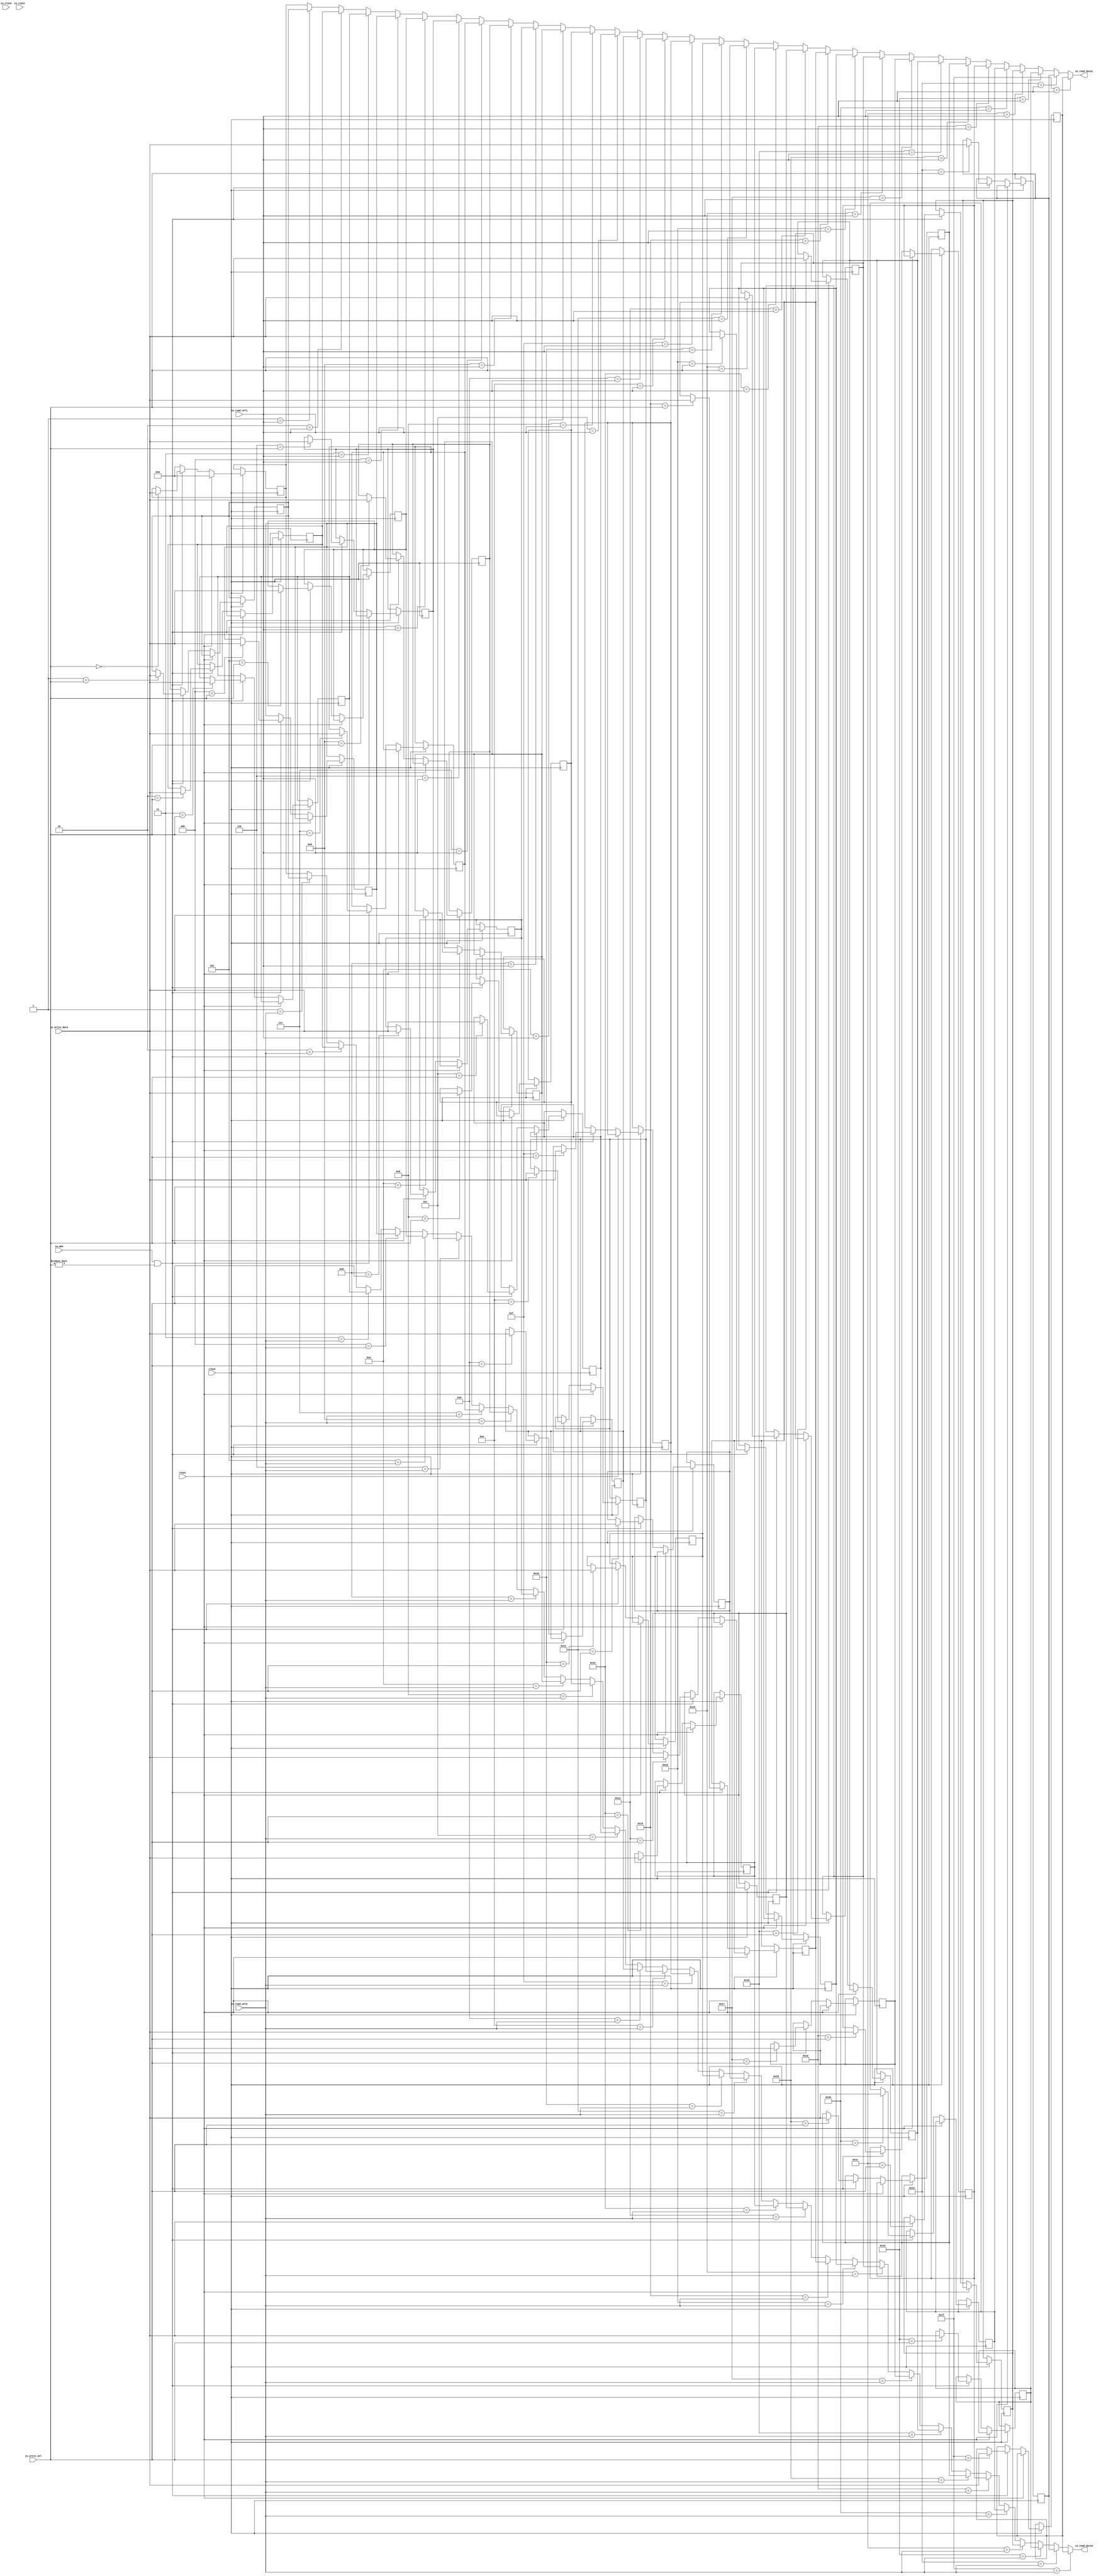
module register_file( // @[:@3.2]
  input         clock, // @[:@4.4]
  input         reset, // @[:@5.4]
  input         io_clock, // @[:@6.4]
  input         io_reset, // @[:@6.4]
  input         io_wEn, // @[:@6.4]
  input  [31:0] io_write_data, // @[:@6.4]
  input  [4:0]  io_read_sel1, // @[:@6.4]
  input  [4:0]  io_read_sel2, // @[:@6.4]
  input  [4:0]  io_write_sel, // @[:@6.4]
  output [31:0] io_read_data1, // @[:@6.4]
  output [31:0] io_read_data2 // @[:@6.4]
);
  reg [31:0] register_file_block_0; // @[regFile.scala 28:32:@8.4]
  reg [31:0] _RAND_0;
  reg [31:0] register_file_block_1; // @[regFile.scala 28:32:@8.4]
  reg [31:0] _RAND_1;
  reg [31:0] register_file_block_2; // @[regFile.scala 28:32:@8.4]
  reg [31:0] _RAND_2;
  reg [31:0] register_file_block_3; // @[regFile.scala 28:32:@8.4]
  reg [31:0] _RAND_3;
  reg [31:0] register_file_block_4; // @[regFile.scala 28:32:@8.4]
  reg [31:0] _RAND_4;
  reg [31:0] register_file_block_5; // @[regFile.scala 28:32:@8.4]
  reg [31:0] _RAND_5;
  reg [31:0] register_file_block_6; // @[regFile.scala 28:32:@8.4]
  reg [31:0] _RAND_6;
  reg [31:0] register_file_block_7; // @[regFile.scala 28:32:@8.4]
  reg [31:0] _RAND_7;
  reg [31:0] register_file_block_8; // @[regFile.scala 28:32:@8.4]
  reg [31:0] _RAND_8;
  reg [31:0] register_file_block_9; // @[regFile.scala 28:32:@8.4]
  reg [31:0] _RAND_9;
  reg [31:0] register_file_block_10; // @[regFile.scala 28:32:@8.4]
  reg [31:0] _RAND_10;
  reg [31:0] register_file_block_11; // @[regFile.scala 28:32:@8.4]
  reg [31:0] _RAND_11;
  reg [31:0] register_file_block_12; // @[regFile.scala 28:32:@8.4]
  reg [31:0] _RAND_12;
  reg [31:0] register_file_block_13; // @[regFile.scala 28:32:@8.4]
  reg [31:0] _RAND_13;
  reg [31:0] register_file_block_14; // @[regFile.scala 28:32:@8.4]
  reg [31:0] _RAND_14;
  reg [31:0] register_file_block_15; // @[regFile.scala 28:32:@8.4]
  reg [31:0] _RAND_15;
  reg [31:0] register_file_block_16; // @[regFile.scala 28:32:@8.4]
  reg [31:0] _RAND_16;
  reg [31:0] register_file_block_17; // @[regFile.scala 28:32:@8.4]
  reg [31:0] _RAND_17;
  reg [31:0] register_file_block_18; // @[regFile.scala 28:32:@8.4]
  reg [31:0] _RAND_18;
  reg [31:0] register_file_block_19; // @[regFile.scala 28:32:@8.4]
  reg [31:0] _RAND_19;
  reg [31:0] register_file_block_20; // @[regFile.scala 28:32:@8.4]
  reg [31:0] _RAND_20;
  reg [31:0] register_file_block_21; // @[regFile.scala 28:32:@8.4]
  reg [31:0] _RAND_21;
  reg [31:0] register_file_block_22; // @[regFile.scala 28:32:@8.4]
  reg [31:0] _RAND_22;
  reg [31:0] register_file_block_23; // @[regFile.scala 28:32:@8.4]
  reg [31:0] _RAND_23;
  reg [31:0] register_file_block_24; // @[regFile.scala 28:32:@8.4]
  reg [31:0] _RAND_24;
  reg [31:0] register_file_block_25; // @[regFile.scala 28:32:@8.4]
  reg [31:0] _RAND_25;
  reg [31:0] register_file_block_26; // @[regFile.scala 28:32:@8.4]
  reg [31:0] _RAND_26;
  reg [31:0] register_file_block_27; // @[regFile.scala 28:32:@8.4]
  reg [31:0] _RAND_27;
  reg [31:0] register_file_block_28; // @[regFile.scala 28:32:@8.4]
  reg [31:0] _RAND_28;
  reg [31:0] register_file_block_29; // @[regFile.scala 28:32:@8.4]
  reg [31:0] _RAND_29;
  reg [31:0] register_file_block_30; // @[regFile.scala 28:32:@8.4]
  reg [31:0] _RAND_30;
  reg [31:0] register_file_block_31; // @[regFile.scala 28:32:@8.4]
  reg [31:0] _RAND_31;
  wire  _T_60; // @[regFile.scala 30:15:@9.4]
  wire  _T_67; // @[regFile.scala 34:43:@18.8]
  wire  _T_68; // @[regFile.scala 34:26:@19.8]
  wire [31:0] _GEN_0; // @[regFile.scala 35:43:@21.10]
  wire [31:0] _GEN_1; // @[regFile.scala 35:43:@21.10]
  wire [31:0] _GEN_2; // @[regFile.scala 35:43:@21.10]
  wire [31:0] _GEN_3; // @[regFile.scala 35:43:@21.10]
  wire [31:0] _GEN_4; // @[regFile.scala 35:43:@21.10]
  wire [31:0] _GEN_5; // @[regFile.scala 35:43:@21.10]
  wire [31:0] _GEN_6; // @[regFile.scala 35:43:@21.10]
  wire [31:0] _GEN_7; // @[regFile.scala 35:43:@21.10]
  wire [31:0] _GEN_8; // @[regFile.scala 35:43:@21.10]
  wire [31:0] _GEN_9; // @[regFile.scala 35:43:@21.10]
  wire [31:0] _GEN_10; // @[regFile.scala 35:43:@21.10]
  wire [31:0] _GEN_11; // @[regFile.scala 35:43:@21.10]
  wire [31:0] _GEN_12; // @[regFile.scala 35:43:@21.10]
  wire [31:0] _GEN_13; // @[regFile.scala 35:43:@21.10]
  wire [31:0] _GEN_14; // @[regFile.scala 35:43:@21.10]
  wire [31:0] _GEN_15; // @[regFile.scala 35:43:@21.10]
  wire [31:0] _GEN_16; // @[regFile.scala 35:43:@21.10]
  wire [31:0] _GEN_17; // @[regFile.scala 35:43:@21.10]
  wire [31:0] _GEN_18; // @[regFile.scala 35:43:@21.10]
  wire [31:0] _GEN_19; // @[regFile.scala 35:43:@21.10]
  wire [31:0] _GEN_20; // @[regFile.scala 35:43:@21.10]
  wire [31:0] _GEN_21; // @[regFile.scala 35:43:@21.10]
  wire [31:0] _GEN_22; // @[regFile.scala 35:43:@21.10]
  wire [31:0] _GEN_23; // @[regFile.scala 35:43:@21.10]
  wire [31:0] _GEN_24; // @[regFile.scala 35:43:@21.10]
  wire [31:0] _GEN_25; // @[regFile.scala 35:43:@21.10]
  wire [31:0] _GEN_26; // @[regFile.scala 35:43:@21.10]
  wire [31:0] _GEN_27; // @[regFile.scala 35:43:@21.10]
  wire [31:0] _GEN_28; // @[regFile.scala 35:43:@21.10]
  wire [31:0] _GEN_29; // @[regFile.scala 35:43:@21.10]
  wire [31:0] _GEN_30; // @[regFile.scala 35:43:@21.10]
  wire [31:0] _GEN_31; // @[regFile.scala 35:43:@21.10]
  wire [31:0] _GEN_32; // @[regFile.scala 34:53:@20.8]
  wire [31:0] _GEN_33; // @[regFile.scala 34:53:@20.8]
  wire [31:0] _GEN_34; // @[regFile.scala 34:53:@20.8]
  wire [31:0] _GEN_35; // @[regFile.scala 34:53:@20.8]
  wire [31:0] _GEN_36; // @[regFile.scala 34:53:@20.8]
  wire [31:0] _GEN_37; // @[regFile.scala 34:53:@20.8]
  wire [31:0] _GEN_38; // @[regFile.scala 34:53:@20.8]
  wire [31:0] _GEN_39; // @[regFile.scala 34:53:@20.8]
  wire [31:0] _GEN_40; // @[regFile.scala 34:53:@20.8]
  wire [31:0] _GEN_41; // @[regFile.scala 34:53:@20.8]
  wire [31:0] _GEN_42; // @[regFile.scala 34:53:@20.8]
  wire [31:0] _GEN_43; // @[regFile.scala 34:53:@20.8]
  wire [31:0] _GEN_44; // @[regFile.scala 34:53:@20.8]
  wire [31:0] _GEN_45; // @[regFile.scala 34:53:@20.8]
  wire [31:0] _GEN_46; // @[regFile.scala 34:53:@20.8]
  wire [31:0] _GEN_47; // @[regFile.scala 34:53:@20.8]
  wire [31:0] _GEN_48; // @[regFile.scala 34:53:@20.8]
  wire [31:0] _GEN_49; // @[regFile.scala 34:53:@20.8]
  wire [31:0] _GEN_50; // @[regFile.scala 34:53:@20.8]
  wire [31:0] _GEN_51; // @[regFile.scala 34:53:@20.8]
  wire [31:0] _GEN_52; // @[regFile.scala 34:53:@20.8]
  wire [31:0] _GEN_53; // @[regFile.scala 34:53:@20.8]
  wire [31:0] _GEN_54; // @[regFile.scala 34:53:@20.8]
  wire [31:0] _GEN_55; // @[regFile.scala 34:53:@20.8]
  wire [31:0] _GEN_56; // @[regFile.scala 34:53:@20.8]
  wire [31:0] _GEN_57; // @[regFile.scala 34:53:@20.8]
  wire [31:0] _GEN_58; // @[regFile.scala 34:53:@20.8]
  wire [31:0] _GEN_59; // @[regFile.scala 34:53:@20.8]
  wire [31:0] _GEN_60; // @[regFile.scala 34:53:@20.8]
  wire [31:0] _GEN_61; // @[regFile.scala 34:53:@20.8]
  wire [31:0] _GEN_62; // @[regFile.scala 34:53:@20.8]
  wire [31:0] _GEN_63; // @[regFile.scala 34:53:@20.8]
  wire [31:0] _GEN_64; // @[regFile.scala 31:23:@13.6]
  wire [31:0] _GEN_65; // @[regFile.scala 31:23:@13.6]
  wire [31:0] _GEN_66; // @[regFile.scala 31:23:@13.6]
  wire [31:0] _GEN_67; // @[regFile.scala 31:23:@13.6]
  wire [31:0] _GEN_68; // @[regFile.scala 31:23:@13.6]
  wire [31:0] _GEN_69; // @[regFile.scala 31:23:@13.6]
  wire [31:0] _GEN_70; // @[regFile.scala 31:23:@13.6]
  wire [31:0] _GEN_71; // @[regFile.scala 31:23:@13.6]
  wire [31:0] _GEN_72; // @[regFile.scala 31:23:@13.6]
  wire [31:0] _GEN_73; // @[regFile.scala 31:23:@13.6]
  wire [31:0] _GEN_74; // @[regFile.scala 31:23:@13.6]
  wire [31:0] _GEN_75; // @[regFile.scala 31:23:@13.6]
  wire [31:0] _GEN_76; // @[regFile.scala 31:23:@13.6]
  wire [31:0] _GEN_77; // @[regFile.scala 31:23:@13.6]
  wire [31:0] _GEN_78; // @[regFile.scala 31:23:@13.6]
  wire [31:0] _GEN_79; // @[regFile.scala 31:23:@13.6]
  wire [31:0] _GEN_80; // @[regFile.scala 31:23:@13.6]
  wire [31:0] _GEN_81; // @[regFile.scala 31:23:@13.6]
  wire [31:0] _GEN_82; // @[regFile.scala 31:23:@13.6]
  wire [31:0] _GEN_83; // @[regFile.scala 31:23:@13.6]
  wire [31:0] _GEN_84; // @[regFile.scala 31:23:@13.6]
  wire [31:0] _GEN_85; // @[regFile.scala 31:23:@13.6]
  wire [31:0] _GEN_86; // @[regFile.scala 31:23:@13.6]
  wire [31:0] _GEN_87; // @[regFile.scala 31:23:@13.6]
  wire [31:0] _GEN_88; // @[regFile.scala 31:23:@13.6]
  wire [31:0] _GEN_89; // @[regFile.scala 31:23:@13.6]
  wire [31:0] _GEN_90; // @[regFile.scala 31:23:@13.6]
  wire [31:0] _GEN_91; // @[regFile.scala 31:23:@13.6]
  wire [31:0] _GEN_92; // @[regFile.scala 31:23:@13.6]
  wire [31:0] _GEN_93; // @[regFile.scala 31:23:@13.6]
  wire [31:0] _GEN_94; // @[regFile.scala 31:23:@13.6]
  wire [31:0] _GEN_95; // @[regFile.scala 31:23:@13.6]
  wire [31:0] _GEN_129; // @[regFile.scala 43:17:@28.4]
  wire [31:0] _GEN_130; // @[regFile.scala 43:17:@28.4]
  wire [31:0] _GEN_131; // @[regFile.scala 43:17:@28.4]
  wire [31:0] _GEN_132; // @[regFile.scala 43:17:@28.4]
  wire [31:0] _GEN_133; // @[regFile.scala 43:17:@28.4]
  wire [31:0] _GEN_134; // @[regFile.scala 43:17:@28.4]
  wire [31:0] _GEN_135; // @[regFile.scala 43:17:@28.4]
  wire [31:0] _GEN_136; // @[regFile.scala 43:17:@28.4]
  wire [31:0] _GEN_137; // @[regFile.scala 43:17:@28.4]
  wire [31:0] _GEN_138; // @[regFile.scala 43:17:@28.4]
  wire [31:0] _GEN_139; // @[regFile.scala 43:17:@28.4]
  wire [31:0] _GEN_140; // @[regFile.scala 43:17:@28.4]
  wire [31:0] _GEN_141; // @[regFile.scala 43:17:@28.4]
  wire [31:0] _GEN_142; // @[regFile.scala 43:17:@28.4]
  wire [31:0] _GEN_143; // @[regFile.scala 43:17:@28.4]
  wire [31:0] _GEN_144; // @[regFile.scala 43:17:@28.4]
  wire [31:0] _GEN_145; // @[regFile.scala 43:17:@28.4]
  wire [31:0] _GEN_146; // @[regFile.scala 43:17:@28.4]
  wire [31:0] _GEN_147; // @[regFile.scala 43:17:@28.4]
  wire [31:0] _GEN_148; // @[regFile.scala 43:17:@28.4]
  wire [31:0] _GEN_149; // @[regFile.scala 43:17:@28.4]
  wire [31:0] _GEN_150; // @[regFile.scala 43:17:@28.4]
  wire [31:0] _GEN_151; // @[regFile.scala 43:17:@28.4]
  wire [31:0] _GEN_152; // @[regFile.scala 43:17:@28.4]
  wire [31:0] _GEN_153; // @[regFile.scala 43:17:@28.4]
  wire [31:0] _GEN_154; // @[regFile.scala 43:17:@28.4]
  wire [31:0] _GEN_155; // @[regFile.scala 43:17:@28.4]
  wire [31:0] _GEN_156; // @[regFile.scala 43:17:@28.4]
  wire [31:0] _GEN_157; // @[regFile.scala 43:17:@28.4]
  wire [31:0] _GEN_158; // @[regFile.scala 43:17:@28.4]
  wire [31:0] _GEN_161; // @[regFile.scala 44:17:@29.4]
  wire [31:0] _GEN_162; // @[regFile.scala 44:17:@29.4]
  wire [31:0] _GEN_163; // @[regFile.scala 44:17:@29.4]
  wire [31:0] _GEN_164; // @[regFile.scala 44:17:@29.4]
  wire [31:0] _GEN_165; // @[regFile.scala 44:17:@29.4]
  wire [31:0] _GEN_166; // @[regFile.scala 44:17:@29.4]
  wire [31:0] _GEN_167; // @[regFile.scala 44:17:@29.4]
  wire [31:0] _GEN_168; // @[regFile.scala 44:17:@29.4]
  wire [31:0] _GEN_169; // @[regFile.scala 44:17:@29.4]
  wire [31:0] _GEN_170; // @[regFile.scala 44:17:@29.4]
  wire [31:0] _GEN_171; // @[regFile.scala 44:17:@29.4]
  wire [31:0] _GEN_172; // @[regFile.scala 44:17:@29.4]
  wire [31:0] _GEN_173; // @[regFile.scala 44:17:@29.4]
  wire [31:0] _GEN_174; // @[regFile.scala 44:17:@29.4]
  wire [31:0] _GEN_175; // @[regFile.scala 44:17:@29.4]
  wire [31:0] _GEN_176; // @[regFile.scala 44:17:@29.4]
  wire [31:0] _GEN_177; // @[regFile.scala 44:17:@29.4]
  wire [31:0] _GEN_178; // @[regFile.scala 44:17:@29.4]
  wire [31:0] _GEN_179; // @[regFile.scala 44:17:@29.4]
  wire [31:0] _GEN_180; // @[regFile.scala 44:17:@29.4]
  wire [31:0] _GEN_181; // @[regFile.scala 44:17:@29.4]
  wire [31:0] _GEN_182; // @[regFile.scala 44:17:@29.4]
  wire [31:0] _GEN_183; // @[regFile.scala 44:17:@29.4]
  wire [31:0] _GEN_184; // @[regFile.scala 44:17:@29.4]
  wire [31:0] _GEN_185; // @[regFile.scala 44:17:@29.4]
  wire [31:0] _GEN_186; // @[regFile.scala 44:17:@29.4]
  wire [31:0] _GEN_187; // @[regFile.scala 44:17:@29.4]
  wire [31:0] _GEN_188; // @[regFile.scala 44:17:@29.4]
  wire [31:0] _GEN_189; // @[regFile.scala 44:17:@29.4]
  wire [31:0] _GEN_190; // @[regFile.scala 44:17:@29.4]
  assign _T_60 = $unsigned(clock); // @[regFile.scala 30:15:@9.4]
  assign _T_67 = io_write_sel != 5'h0; // @[regFile.scala 34:43:@18.8]
  assign _T_68 = io_wEn & _T_67; // @[regFile.scala 34:26:@19.8]
  assign _GEN_0 = 5'h0 == io_write_sel ? io_write_data : register_file_block_0; // @[regFile.scala 35:43:@21.10]
  assign _GEN_1 = 5'h1 == io_write_sel ? io_write_data : register_file_block_1; // @[regFile.scala 35:43:@21.10]
  assign _GEN_2 = 5'h2 == io_write_sel ? io_write_data : register_file_block_2; // @[regFile.scala 35:43:@21.10]
  assign _GEN_3 = 5'h3 == io_write_sel ? io_write_data : register_file_block_3; // @[regFile.scala 35:43:@21.10]
  assign _GEN_4 = 5'h4 == io_write_sel ? io_write_data : register_file_block_4; // @[regFile.scala 35:43:@21.10]
  assign _GEN_5 = 5'h5 == io_write_sel ? io_write_data : register_file_block_5; // @[regFile.scala 35:43:@21.10]
  assign _GEN_6 = 5'h6 == io_write_sel ? io_write_data : register_file_block_6; // @[regFile.scala 35:43:@21.10]
  assign _GEN_7 = 5'h7 == io_write_sel ? io_write_data : register_file_block_7; // @[regFile.scala 35:43:@21.10]
  assign _GEN_8 = 5'h8 == io_write_sel ? io_write_data : register_file_block_8; // @[regFile.scala 35:43:@21.10]
  assign _GEN_9 = 5'h9 == io_write_sel ? io_write_data : register_file_block_9; // @[regFile.scala 35:43:@21.10]
  assign _GEN_10 = 5'ha == io_write_sel ? io_write_data : register_file_block_10; // @[regFile.scala 35:43:@21.10]
  assign _GEN_11 = 5'hb == io_write_sel ? io_write_data : register_file_block_11; // @[regFile.scala 35:43:@21.10]
  assign _GEN_12 = 5'hc == io_write_sel ? io_write_data : register_file_block_12; // @[regFile.scala 35:43:@21.10]
  assign _GEN_13 = 5'hd == io_write_sel ? io_write_data : register_file_block_13; // @[regFile.scala 35:43:@21.10]
  assign _GEN_14 = 5'he == io_write_sel ? io_write_data : register_file_block_14; // @[regFile.scala 35:43:@21.10]
  assign _GEN_15 = 5'hf == io_write_sel ? io_write_data : register_file_block_15; // @[regFile.scala 35:43:@21.10]
  assign _GEN_16 = 5'h10 == io_write_sel ? io_write_data : register_file_block_16; // @[regFile.scala 35:43:@21.10]
  assign _GEN_17 = 5'h11 == io_write_sel ? io_write_data : register_file_block_17; // @[regFile.scala 35:43:@21.10]
  assign _GEN_18 = 5'h12 == io_write_sel ? io_write_data : register_file_block_18; // @[regFile.scala 35:43:@21.10]
  assign _GEN_19 = 5'h13 == io_write_sel ? io_write_data : register_file_block_19; // @[regFile.scala 35:43:@21.10]
  assign _GEN_20 = 5'h14 == io_write_sel ? io_write_data : register_file_block_20; // @[regFile.scala 35:43:@21.10]
  assign _GEN_21 = 5'h15 == io_write_sel ? io_write_data : register_file_block_21; // @[regFile.scala 35:43:@21.10]
  assign _GEN_22 = 5'h16 == io_write_sel ? io_write_data : register_file_block_22; // @[regFile.scala 35:43:@21.10]
  assign _GEN_23 = 5'h17 == io_write_sel ? io_write_data : register_file_block_23; // @[regFile.scala 35:43:@21.10]
  assign _GEN_24 = 5'h18 == io_write_sel ? io_write_data : register_file_block_24; // @[regFile.scala 35:43:@21.10]
  assign _GEN_25 = 5'h19 == io_write_sel ? io_write_data : register_file_block_25; // @[regFile.scala 35:43:@21.10]
  assign _GEN_26 = 5'h1a == io_write_sel ? io_write_data : register_file_block_26; // @[regFile.scala 35:43:@21.10]
  assign _GEN_27 = 5'h1b == io_write_sel ? io_write_data : register_file_block_27; // @[regFile.scala 35:43:@21.10]
  assign _GEN_28 = 5'h1c == io_write_sel ? io_write_data : register_file_block_28; // @[regFile.scala 35:43:@21.10]
  assign _GEN_29 = 5'h1d == io_write_sel ? io_write_data : register_file_block_29; // @[regFile.scala 35:43:@21.10]
  assign _GEN_30 = 5'h1e == io_write_sel ? io_write_data : register_file_block_30; // @[regFile.scala 35:43:@21.10]
  assign _GEN_31 = 5'h1f == io_write_sel ? io_write_data : register_file_block_31; // @[regFile.scala 35:43:@21.10]
  assign _GEN_32 = _T_68 ? _GEN_0 : 32'h0; // @[regFile.scala 34:53:@20.8]
  assign _GEN_33 = _T_68 ? _GEN_1 : register_file_block_1; // @[regFile.scala 34:53:@20.8]
  assign _GEN_34 = _T_68 ? _GEN_2 : register_file_block_2; // @[regFile.scala 34:53:@20.8]
  assign _GEN_35 = _T_68 ? _GEN_3 : register_file_block_3; // @[regFile.scala 34:53:@20.8]
  assign _GEN_36 = _T_68 ? _GEN_4 : register_file_block_4; // @[regFile.scala 34:53:@20.8]
  assign _GEN_37 = _T_68 ? _GEN_5 : register_file_block_5; // @[regFile.scala 34:53:@20.8]
  assign _GEN_38 = _T_68 ? _GEN_6 : register_file_block_6; // @[regFile.scala 34:53:@20.8]
  assign _GEN_39 = _T_68 ? _GEN_7 : register_file_block_7; // @[regFile.scala 34:53:@20.8]
  assign _GEN_40 = _T_68 ? _GEN_8 : register_file_block_8; // @[regFile.scala 34:53:@20.8]
  assign _GEN_41 = _T_68 ? _GEN_9 : register_file_block_9; // @[regFile.scala 34:53:@20.8]
  assign _GEN_42 = _T_68 ? _GEN_10 : register_file_block_10; // @[regFile.scala 34:53:@20.8]
  assign _GEN_43 = _T_68 ? _GEN_11 : register_file_block_11; // @[regFile.scala 34:53:@20.8]
  assign _GEN_44 = _T_68 ? _GEN_12 : register_file_block_12; // @[regFile.scala 34:53:@20.8]
  assign _GEN_45 = _T_68 ? _GEN_13 : register_file_block_13; // @[regFile.scala 34:53:@20.8]
  assign _GEN_46 = _T_68 ? _GEN_14 : register_file_block_14; // @[regFile.scala 34:53:@20.8]
  assign _GEN_47 = _T_68 ? _GEN_15 : register_file_block_15; // @[regFile.scala 34:53:@20.8]
  assign _GEN_48 = _T_68 ? _GEN_16 : register_file_block_16; // @[regFile.scala 34:53:@20.8]
  assign _GEN_49 = _T_68 ? _GEN_17 : register_file_block_17; // @[regFile.scala 34:53:@20.8]
  assign _GEN_50 = _T_68 ? _GEN_18 : register_file_block_18; // @[regFile.scala 34:53:@20.8]
  assign _GEN_51 = _T_68 ? _GEN_19 : register_file_block_19; // @[regFile.scala 34:53:@20.8]
  assign _GEN_52 = _T_68 ? _GEN_20 : register_file_block_20; // @[regFile.scala 34:53:@20.8]
  assign _GEN_53 = _T_68 ? _GEN_21 : register_file_block_21; // @[regFile.scala 34:53:@20.8]
  assign _GEN_54 = _T_68 ? _GEN_22 : register_file_block_22; // @[regFile.scala 34:53:@20.8]
  assign _GEN_55 = _T_68 ? _GEN_23 : register_file_block_23; // @[regFile.scala 34:53:@20.8]
  assign _GEN_56 = _T_68 ? _GEN_24 : register_file_block_24; // @[regFile.scala 34:53:@20.8]
  assign _GEN_57 = _T_68 ? _GEN_25 : register_file_block_25; // @[regFile.scala 34:53:@20.8]
  assign _GEN_58 = _T_68 ? _GEN_26 : register_file_block_26; // @[regFile.scala 34:53:@20.8]
  assign _GEN_59 = _T_68 ? _GEN_27 : register_file_block_27; // @[regFile.scala 34:53:@20.8]
  assign _GEN_60 = _T_68 ? _GEN_28 : register_file_block_28; // @[regFile.scala 34:53:@20.8]
  assign _GEN_61 = _T_68 ? _GEN_29 : register_file_block_29; // @[regFile.scala 34:53:@20.8]
  assign _GEN_62 = _T_68 ? _GEN_30 : register_file_block_30; // @[regFile.scala 34:53:@20.8]
  assign _GEN_63 = _T_68 ? _GEN_31 : register_file_block_31; // @[regFile.scala 34:53:@20.8]
  assign _GEN_64 = reset ? 32'h0 : _GEN_32; // @[regFile.scala 31:23:@13.6]
  assign _GEN_65 = reset ? register_file_block_1 : _GEN_33; // @[regFile.scala 31:23:@13.6]
  assign _GEN_66 = reset ? register_file_block_2 : _GEN_34; // @[regFile.scala 31:23:@13.6]
  assign _GEN_67 = reset ? register_file_block_3 : _GEN_35; // @[regFile.scala 31:23:@13.6]
  assign _GEN_68 = reset ? register_file_block_4 : _GEN_36; // @[regFile.scala 31:23:@13.6]
  assign _GEN_69 = reset ? register_file_block_5 : _GEN_37; // @[regFile.scala 31:23:@13.6]
  assign _GEN_70 = reset ? register_file_block_6 : _GEN_38; // @[regFile.scala 31:23:@13.6]
  assign _GEN_71 = reset ? register_file_block_7 : _GEN_39; // @[regFile.scala 31:23:@13.6]
  assign _GEN_72 = reset ? register_file_block_8 : _GEN_40; // @[regFile.scala 31:23:@13.6]
  assign _GEN_73 = reset ? register_file_block_9 : _GEN_41; // @[regFile.scala 31:23:@13.6]
  assign _GEN_74 = reset ? register_file_block_10 : _GEN_42; // @[regFile.scala 31:23:@13.6]
  assign _GEN_75 = reset ? register_file_block_11 : _GEN_43; // @[regFile.scala 31:23:@13.6]
  assign _GEN_76 = reset ? register_file_block_12 : _GEN_44; // @[regFile.scala 31:23:@13.6]
  assign _GEN_77 = reset ? register_file_block_13 : _GEN_45; // @[regFile.scala 31:23:@13.6]
  assign _GEN_78 = reset ? register_file_block_14 : _GEN_46; // @[regFile.scala 31:23:@13.6]
  assign _GEN_79 = reset ? register_file_block_15 : _GEN_47; // @[regFile.scala 31:23:@13.6]
  assign _GEN_80 = reset ? register_file_block_16 : _GEN_48; // @[regFile.scala 31:23:@13.6]
  assign _GEN_81 = reset ? register_file_block_17 : _GEN_49; // @[regFile.scala 31:23:@13.6]
  assign _GEN_82 = reset ? register_file_block_18 : _GEN_50; // @[regFile.scala 31:23:@13.6]
  assign _GEN_83 = reset ? register_file_block_19 : _GEN_51; // @[regFile.scala 31:23:@13.6]
  assign _GEN_84 = reset ? register_file_block_20 : _GEN_52; // @[regFile.scala 31:23:@13.6]
  assign _GEN_85 = reset ? register_file_block_21 : _GEN_53; // @[regFile.scala 31:23:@13.6]
  assign _GEN_86 = reset ? register_file_block_22 : _GEN_54; // @[regFile.scala 31:23:@13.6]
  assign _GEN_87 = reset ? register_file_block_23 : _GEN_55; // @[regFile.scala 31:23:@13.6]
  assign _GEN_88 = reset ? register_file_block_24 : _GEN_56; // @[regFile.scala 31:23:@13.6]
  assign _GEN_89 = reset ? register_file_block_25 : _GEN_57; // @[regFile.scala 31:23:@13.6]
  assign _GEN_90 = reset ? register_file_block_26 : _GEN_58; // @[regFile.scala 31:23:@13.6]
  assign _GEN_91 = reset ? register_file_block_27 : _GEN_59; // @[regFile.scala 31:23:@13.6]
  assign _GEN_92 = reset ? register_file_block_28 : _GEN_60; // @[regFile.scala 31:23:@13.6]
  assign _GEN_93 = reset ? register_file_block_29 : _GEN_61; // @[regFile.scala 31:23:@13.6]
  assign _GEN_94 = reset ? register_file_block_30 : _GEN_62; // @[regFile.scala 31:23:@13.6]
  assign _GEN_95 = reset ? register_file_block_31 : _GEN_63; // @[regFile.scala 31:23:@13.6]
  assign _GEN_129 = 5'h1 == io_read_sel1 ? register_file_block_1 : register_file_block_0; // @[regFile.scala 43:17:@28.4]
  assign _GEN_130 = 5'h2 == io_read_sel1 ? register_file_block_2 : _GEN_129; // @[regFile.scala 43:17:@28.4]
  assign _GEN_131 = 5'h3 == io_read_sel1 ? register_file_block_3 : _GEN_130; // @[regFile.scala 43:17:@28.4]
  assign _GEN_132 = 5'h4 == io_read_sel1 ? register_file_block_4 : _GEN_131; // @[regFile.scala 43:17:@28.4]
  assign _GEN_133 = 5'h5 == io_read_sel1 ? register_file_block_5 : _GEN_132; // @[regFile.scala 43:17:@28.4]
  assign _GEN_134 = 5'h6 == io_read_sel1 ? register_file_block_6 : _GEN_133; // @[regFile.scala 43:17:@28.4]
  assign _GEN_135 = 5'h7 == io_read_sel1 ? register_file_block_7 : _GEN_134; // @[regFile.scala 43:17:@28.4]
  assign _GEN_136 = 5'h8 == io_read_sel1 ? register_file_block_8 : _GEN_135; // @[regFile.scala 43:17:@28.4]
  assign _GEN_137 = 5'h9 == io_read_sel1 ? register_file_block_9 : _GEN_136; // @[regFile.scala 43:17:@28.4]
  assign _GEN_138 = 5'ha == io_read_sel1 ? register_file_block_10 : _GEN_137; // @[regFile.scala 43:17:@28.4]
  assign _GEN_139 = 5'hb == io_read_sel1 ? register_file_block_11 : _GEN_138; // @[regFile.scala 43:17:@28.4]
  assign _GEN_140 = 5'hc == io_read_sel1 ? register_file_block_12 : _GEN_139; // @[regFile.scala 43:17:@28.4]
  assign _GEN_141 = 5'hd == io_read_sel1 ? register_file_block_13 : _GEN_140; // @[regFile.scala 43:17:@28.4]
  assign _GEN_142 = 5'he == io_read_sel1 ? register_file_block_14 : _GEN_141; // @[regFile.scala 43:17:@28.4]
  assign _GEN_143 = 5'hf == io_read_sel1 ? register_file_block_15 : _GEN_142; // @[regFile.scala 43:17:@28.4]
  assign _GEN_144 = 5'h10 == io_read_sel1 ? register_file_block_16 : _GEN_143; // @[regFile.scala 43:17:@28.4]
  assign _GEN_145 = 5'h11 == io_read_sel1 ? register_file_block_17 : _GEN_144; // @[regFile.scala 43:17:@28.4]
  assign _GEN_146 = 5'h12 == io_read_sel1 ? register_file_block_18 : _GEN_145; // @[regFile.scala 43:17:@28.4]
  assign _GEN_147 = 5'h13 == io_read_sel1 ? register_file_block_19 : _GEN_146; // @[regFile.scala 43:17:@28.4]
  assign _GEN_148 = 5'h14 == io_read_sel1 ? register_file_block_20 : _GEN_147; // @[regFile.scala 43:17:@28.4]
  assign _GEN_149 = 5'h15 == io_read_sel1 ? register_file_block_21 : _GEN_148; // @[regFile.scala 43:17:@28.4]
  assign _GEN_150 = 5'h16 == io_read_sel1 ? register_file_block_22 : _GEN_149; // @[regFile.scala 43:17:@28.4]
  assign _GEN_151 = 5'h17 == io_read_sel1 ? register_file_block_23 : _GEN_150; // @[regFile.scala 43:17:@28.4]
  assign _GEN_152 = 5'h18 == io_read_sel1 ? register_file_block_24 : _GEN_151; // @[regFile.scala 43:17:@28.4]
  assign _GEN_153 = 5'h19 == io_read_sel1 ? register_file_block_25 : _GEN_152; // @[regFile.scala 43:17:@28.4]
  assign _GEN_154 = 5'h1a == io_read_sel1 ? register_file_block_26 : _GEN_153; // @[regFile.scala 43:17:@28.4]
  assign _GEN_155 = 5'h1b == io_read_sel1 ? register_file_block_27 : _GEN_154; // @[regFile.scala 43:17:@28.4]
  assign _GEN_156 = 5'h1c == io_read_sel1 ? register_file_block_28 : _GEN_155; // @[regFile.scala 43:17:@28.4]
  assign _GEN_157 = 5'h1d == io_read_sel1 ? register_file_block_29 : _GEN_156; // @[regFile.scala 43:17:@28.4]
  assign _GEN_158 = 5'h1e == io_read_sel1 ? register_file_block_30 : _GEN_157; // @[regFile.scala 43:17:@28.4]
  assign _GEN_161 = 5'h1 == io_read_sel2 ? register_file_block_1 : register_file_block_0; // @[regFile.scala 44:17:@29.4]
  assign _GEN_162 = 5'h2 == io_read_sel2 ? register_file_block_2 : _GEN_161; // @[regFile.scala 44:17:@29.4]
  assign _GEN_163 = 5'h3 == io_read_sel2 ? register_file_block_3 : _GEN_162; // @[regFile.scala 44:17:@29.4]
  assign _GEN_164 = 5'h4 == io_read_sel2 ? register_file_block_4 : _GEN_163; // @[regFile.scala 44:17:@29.4]
  assign _GEN_165 = 5'h5 == io_read_sel2 ? register_file_block_5 : _GEN_164; // @[regFile.scala 44:17:@29.4]
  assign _GEN_166 = 5'h6 == io_read_sel2 ? register_file_block_6 : _GEN_165; // @[regFile.scala 44:17:@29.4]
  assign _GEN_167 = 5'h7 == io_read_sel2 ? register_file_block_7 : _GEN_166; // @[regFile.scala 44:17:@29.4]
  assign _GEN_168 = 5'h8 == io_read_sel2 ? register_file_block_8 : _GEN_167; // @[regFile.scala 44:17:@29.4]
  assign _GEN_169 = 5'h9 == io_read_sel2 ? register_file_block_9 : _GEN_168; // @[regFile.scala 44:17:@29.4]
  assign _GEN_170 = 5'ha == io_read_sel2 ? register_file_block_10 : _GEN_169; // @[regFile.scala 44:17:@29.4]
  assign _GEN_171 = 5'hb == io_read_sel2 ? register_file_block_11 : _GEN_170; // @[regFile.scala 44:17:@29.4]
  assign _GEN_172 = 5'hc == io_read_sel2 ? register_file_block_12 : _GEN_171; // @[regFile.scala 44:17:@29.4]
  assign _GEN_173 = 5'hd == io_read_sel2 ? register_file_block_13 : _GEN_172; // @[regFile.scala 44:17:@29.4]
  assign _GEN_174 = 5'he == io_read_sel2 ? register_file_block_14 : _GEN_173; // @[regFile.scala 44:17:@29.4]
  assign _GEN_175 = 5'hf == io_read_sel2 ? register_file_block_15 : _GEN_174; // @[regFile.scala 44:17:@29.4]
  assign _GEN_176 = 5'h10 == io_read_sel2 ? register_file_block_16 : _GEN_175; // @[regFile.scala 44:17:@29.4]
  assign _GEN_177 = 5'h11 == io_read_sel2 ? register_file_block_17 : _GEN_176; // @[regFile.scala 44:17:@29.4]
  assign _GEN_178 = 5'h12 == io_read_sel2 ? register_file_block_18 : _GEN_177; // @[regFile.scala 44:17:@29.4]
  assign _GEN_179 = 5'h13 == io_read_sel2 ? register_file_block_19 : _GEN_178; // @[regFile.scala 44:17:@29.4]
  assign _GEN_180 = 5'h14 == io_read_sel2 ? register_file_block_20 : _GEN_179; // @[regFile.scala 44:17:@29.4]
  assign _GEN_181 = 5'h15 == io_read_sel2 ? register_file_block_21 : _GEN_180; // @[regFile.scala 44:17:@29.4]
  assign _GEN_182 = 5'h16 == io_read_sel2 ? register_file_block_22 : _GEN_181; // @[regFile.scala 44:17:@29.4]
  assign _GEN_183 = 5'h17 == io_read_sel2 ? register_file_block_23 : _GEN_182; // @[regFile.scala 44:17:@29.4]
  assign _GEN_184 = 5'h18 == io_read_sel2 ? register_file_block_24 : _GEN_183; // @[regFile.scala 44:17:@29.4]
  assign _GEN_185 = 5'h19 == io_read_sel2 ? register_file_block_25 : _GEN_184; // @[regFile.scala 44:17:@29.4]
  assign _GEN_186 = 5'h1a == io_read_sel2 ? register_file_block_26 : _GEN_185; // @[regFile.scala 44:17:@29.4]
  assign _GEN_187 = 5'h1b == io_read_sel2 ? register_file_block_27 : _GEN_186; // @[regFile.scala 44:17:@29.4]
  assign _GEN_188 = 5'h1c == io_read_sel2 ? register_file_block_28 : _GEN_187; // @[regFile.scala 44:17:@29.4]
  assign _GEN_189 = 5'h1d == io_read_sel2 ? register_file_block_29 : _GEN_188; // @[regFile.scala 44:17:@29.4]
  assign _GEN_190 = 5'h1e == io_read_sel2 ? register_file_block_30 : _GEN_189; // @[regFile.scala 44:17:@29.4]
  assign io_read_data1 = 5'h1f == io_read_sel1 ? register_file_block_31 : _GEN_158; // @[regFile.scala 43:17:@28.4]
  assign io_read_data2 = 5'h1f == io_read_sel2 ? register_file_block_31 : _GEN_190; // @[regFile.scala 44:17:@29.4]
`ifdef RANDOMIZE_GARBAGE_ASSIGN
`define RANDOMIZE
`endif
`ifdef RANDOMIZE_INVALID_ASSIGN
`define RANDOMIZE
`endif
`ifdef RANDOMIZE_REG_INIT
`define RANDOMIZE
`endif
`ifdef RANDOMIZE_MEM_INIT
`define RANDOMIZE
`endif
`ifdef RANDOMIZE
  integer initvar;
  initial begin
    `ifndef verilator
      #0.002 begin end
    `endif
  `ifdef RANDOMIZE_REG_INIT
  _RAND_0 = {1{$random}};
  register_file_block_0 = _RAND_0[31:0];
  `endif // RANDOMIZE_REG_INIT
  `ifdef RANDOMIZE_REG_INIT
  _RAND_1 = {1{$random}};
  register_file_block_1 = _RAND_1[31:0];
  `endif // RANDOMIZE_REG_INIT
  `ifdef RANDOMIZE_REG_INIT
  _RAND_2 = {1{$random}};
  register_file_block_2 = _RAND_2[31:0];
  `endif // RANDOMIZE_REG_INIT
  `ifdef RANDOMIZE_REG_INIT
  _RAND_3 = {1{$random}};
  register_file_block_3 = _RAND_3[31:0];
  `endif // RANDOMIZE_REG_INIT
  `ifdef RANDOMIZE_REG_INIT
  _RAND_4 = {1{$random}};
  register_file_block_4 = _RAND_4[31:0];
  `endif // RANDOMIZE_REG_INIT
  `ifdef RANDOMIZE_REG_INIT
  _RAND_5 = {1{$random}};
  register_file_block_5 = _RAND_5[31:0];
  `endif // RANDOMIZE_REG_INIT
  `ifdef RANDOMIZE_REG_INIT
  _RAND_6 = {1{$random}};
  register_file_block_6 = _RAND_6[31:0];
  `endif // RANDOMIZE_REG_INIT
  `ifdef RANDOMIZE_REG_INIT
  _RAND_7 = {1{$random}};
  register_file_block_7 = _RAND_7[31:0];
  `endif // RANDOMIZE_REG_INIT
  `ifdef RANDOMIZE_REG_INIT
  _RAND_8 = {1{$random}};
  register_file_block_8 = _RAND_8[31:0];
  `endif // RANDOMIZE_REG_INIT
  `ifdef RANDOMIZE_REG_INIT
  _RAND_9 = {1{$random}};
  register_file_block_9 = _RAND_9[31:0];
  `endif // RANDOMIZE_REG_INIT
  `ifdef RANDOMIZE_REG_INIT
  _RAND_10 = {1{$random}};
  register_file_block_10 = _RAND_10[31:0];
  `endif // RANDOMIZE_REG_INIT
  `ifdef RANDOMIZE_REG_INIT
  _RAND_11 = {1{$random}};
  register_file_block_11 = _RAND_11[31:0];
  `endif // RANDOMIZE_REG_INIT
  `ifdef RANDOMIZE_REG_INIT
  _RAND_12 = {1{$random}};
  register_file_block_12 = _RAND_12[31:0];
  `endif // RANDOMIZE_REG_INIT
  `ifdef RANDOMIZE_REG_INIT
  _RAND_13 = {1{$random}};
  register_file_block_13 = _RAND_13[31:0];
  `endif // RANDOMIZE_REG_INIT
  `ifdef RANDOMIZE_REG_INIT
  _RAND_14 = {1{$random}};
  register_file_block_14 = _RAND_14[31:0];
  `endif // RANDOMIZE_REG_INIT
  `ifdef RANDOMIZE_REG_INIT
  _RAND_15 = {1{$random}};
  register_file_block_15 = _RAND_15[31:0];
  `endif // RANDOMIZE_REG_INIT
  `ifdef RANDOMIZE_REG_INIT
  _RAND_16 = {1{$random}};
  register_file_block_16 = _RAND_16[31:0];
  `endif // RANDOMIZE_REG_INIT
  `ifdef RANDOMIZE_REG_INIT
  _RAND_17 = {1{$random}};
  register_file_block_17 = _RAND_17[31:0];
  `endif // RANDOMIZE_REG_INIT
  `ifdef RANDOMIZE_REG_INIT
  _RAND_18 = {1{$random}};
  register_file_block_18 = _RAND_18[31:0];
  `endif // RANDOMIZE_REG_INIT
  `ifdef RANDOMIZE_REG_INIT
  _RAND_19 = {1{$random}};
  register_file_block_19 = _RAND_19[31:0];
  `endif // RANDOMIZE_REG_INIT
  `ifdef RANDOMIZE_REG_INIT
  _RAND_20 = {1{$random}};
  register_file_block_20 = _RAND_20[31:0];
  `endif // RANDOMIZE_REG_INIT
  `ifdef RANDOMIZE_REG_INIT
  _RAND_21 = {1{$random}};
  register_file_block_21 = _RAND_21[31:0];
  `endif // RANDOMIZE_REG_INIT
  `ifdef RANDOMIZE_REG_INIT
  _RAND_22 = {1{$random}};
  register_file_block_22 = _RAND_22[31:0];
  `endif // RANDOMIZE_REG_INIT
  `ifdef RANDOMIZE_REG_INIT
  _RAND_23 = {1{$random}};
  register_file_block_23 = _RAND_23[31:0];
  `endif // RANDOMIZE_REG_INIT
  `ifdef RANDOMIZE_REG_INIT
  _RAND_24 = {1{$random}};
  register_file_block_24 = _RAND_24[31:0];
  `endif // RANDOMIZE_REG_INIT
  `ifdef RANDOMIZE_REG_INIT
  _RAND_25 = {1{$random}};
  register_file_block_25 = _RAND_25[31:0];
  `endif // RANDOMIZE_REG_INIT
  `ifdef RANDOMIZE_REG_INIT
  _RAND_26 = {1{$random}};
  register_file_block_26 = _RAND_26[31:0];
  `endif // RANDOMIZE_REG_INIT
  `ifdef RANDOMIZE_REG_INIT
  _RAND_27 = {1{$random}};
  register_file_block_27 = _RAND_27[31:0];
  `endif // RANDOMIZE_REG_INIT
  `ifdef RANDOMIZE_REG_INIT
  _RAND_28 = {1{$random}};
  register_file_block_28 = _RAND_28[31:0];
  `endif // RANDOMIZE_REG_INIT
  `ifdef RANDOMIZE_REG_INIT
  _RAND_29 = {1{$random}};
  register_file_block_29 = _RAND_29[31:0];
  `endif // RANDOMIZE_REG_INIT
  `ifdef RANDOMIZE_REG_INIT
  _RAND_30 = {1{$random}};
  register_file_block_30 = _RAND_30[31:0];
  `endif // RANDOMIZE_REG_INIT
  `ifdef RANDOMIZE_REG_INIT
  _RAND_31 = {1{$random}};
  register_file_block_31 = _RAND_31[31:0];
  `endif // RANDOMIZE_REG_INIT
  end
`endif // RANDOMIZE
  always @(posedge clock) begin
    if (_T_60) begin
      if (reset) begin
        register_file_block_0 <= 32'h0;
      end else begin
        if (_T_68) begin
          if (5'h0 == io_write_sel) begin
            register_file_block_0 <= io_write_data;
          end
        end else begin
          register_file_block_0 <= 32'h0;
        end
      end
    end
    if (_T_60) begin
      if (!(reset)) begin
        if (_T_68) begin
          if (5'h1 == io_write_sel) begin
            register_file_block_1 <= io_write_data;
          end
        end
      end
    end
    if (_T_60) begin
      if (!(reset)) begin
        if (_T_68) begin
          if (5'h2 == io_write_sel) begin
            register_file_block_2 <= io_write_data;
          end
        end
      end
    end
    if (_T_60) begin
      if (!(reset)) begin
        if (_T_68) begin
          if (5'h3 == io_write_sel) begin
            register_file_block_3 <= io_write_data;
          end
        end
      end
    end
    if (_T_60) begin
      if (!(reset)) begin
        if (_T_68) begin
          if (5'h4 == io_write_sel) begin
            register_file_block_4 <= io_write_data;
          end
        end
      end
    end
    if (_T_60) begin
      if (!(reset)) begin
        if (_T_68) begin
          if (5'h5 == io_write_sel) begin
            register_file_block_5 <= io_write_data;
          end
        end
      end
    end
    if (_T_60) begin
      if (!(reset)) begin
        if (_T_68) begin
          if (5'h6 == io_write_sel) begin
            register_file_block_6 <= io_write_data;
          end
        end
      end
    end
    if (_T_60) begin
      if (!(reset)) begin
        if (_T_68) begin
          if (5'h7 == io_write_sel) begin
            register_file_block_7 <= io_write_data;
          end
        end
      end
    end
    if (_T_60) begin
      if (!(reset)) begin
        if (_T_68) begin
          if (5'h8 == io_write_sel) begin
            register_file_block_8 <= io_write_data;
          end
        end
      end
    end
    if (_T_60) begin
      if (!(reset)) begin
        if (_T_68) begin
          if (5'h9 == io_write_sel) begin
            register_file_block_9 <= io_write_data;
          end
        end
      end
    end
    if (_T_60) begin
      if (!(reset)) begin
        if (_T_68) begin
          if (5'ha == io_write_sel) begin
            register_file_block_10 <= io_write_data;
          end
        end
      end
    end
    if (_T_60) begin
      if (!(reset)) begin
        if (_T_68) begin
          if (5'hb == io_write_sel) begin
            register_file_block_11 <= io_write_data;
          end
        end
      end
    end
    if (_T_60) begin
      if (!(reset)) begin
        if (_T_68) begin
          if (5'hc == io_write_sel) begin
            register_file_block_12 <= io_write_data;
          end
        end
      end
    end
    if (_T_60) begin
      if (!(reset)) begin
        if (_T_68) begin
          if (5'hd == io_write_sel) begin
            register_file_block_13 <= io_write_data;
          end
        end
      end
    end
    if (_T_60) begin
      if (!(reset)) begin
        if (_T_68) begin
          if (5'he == io_write_sel) begin
            register_file_block_14 <= io_write_data;
          end
        end
      end
    end
    if (_T_60) begin
      if (!(reset)) begin
        if (_T_68) begin
          if (5'hf == io_write_sel) begin
            register_file_block_15 <= io_write_data;
          end
        end
      end
    end
    if (_T_60) begin
      if (!(reset)) begin
        if (_T_68) begin
          if (5'h10 == io_write_sel) begin
            register_file_block_16 <= io_write_data;
          end
        end
      end
    end
    if (_T_60) begin
      if (!(reset)) begin
        if (_T_68) begin
          if (5'h11 == io_write_sel) begin
            register_file_block_17 <= io_write_data;
          end
        end
      end
    end
    if (_T_60) begin
      if (!(reset)) begin
        if (_T_68) begin
          if (5'h12 == io_write_sel) begin
            register_file_block_18 <= io_write_data;
          end
        end
      end
    end
    if (_T_60) begin
      if (!(reset)) begin
        if (_T_68) begin
          if (5'h13 == io_write_sel) begin
            register_file_block_19 <= io_write_data;
          end
        end
      end
    end
    if (_T_60) begin
      if (!(reset)) begin
        if (_T_68) begin
          if (5'h14 == io_write_sel) begin
            register_file_block_20 <= io_write_data;
          end
        end
      end
    end
    if (_T_60) begin
      if (!(reset)) begin
        if (_T_68) begin
          if (5'h15 == io_write_sel) begin
            register_file_block_21 <= io_write_data;
          end
        end
      end
    end
    if (_T_60) begin
      if (!(reset)) begin
        if (_T_68) begin
          if (5'h16 == io_write_sel) begin
            register_file_block_22 <= io_write_data;
          end
        end
      end
    end
    if (_T_60) begin
      if (!(reset)) begin
        if (_T_68) begin
          if (5'h17 == io_write_sel) begin
            register_file_block_23 <= io_write_data;
          end
        end
      end
    end
    if (_T_60) begin
      if (!(reset)) begin
        if (_T_68) begin
          if (5'h18 == io_write_sel) begin
            register_file_block_24 <= io_write_data;
          end
        end
      end
    end
    if (_T_60) begin
      if (!(reset)) begin
        if (_T_68) begin
          if (5'h19 == io_write_sel) begin
            register_file_block_25 <= io_write_data;
          end
        end
      end
    end
    if (_T_60) begin
      if (!(reset)) begin
        if (_T_68) begin
          if (5'h1a == io_write_sel) begin
            register_file_block_26 <= io_write_data;
          end
        end
      end
    end
    if (_T_60) begin
      if (!(reset)) begin
        if (_T_68) begin
          if (5'h1b == io_write_sel) begin
            register_file_block_27 <= io_write_data;
          end
        end
      end
    end
    if (_T_60) begin
      if (!(reset)) begin
        if (_T_68) begin
          if (5'h1c == io_write_sel) begin
            register_file_block_28 <= io_write_data;
          end
        end
      end
    end
    if (_T_60) begin
      if (!(reset)) begin
        if (_T_68) begin
          if (5'h1d == io_write_sel) begin
            register_file_block_29 <= io_write_data;
          end
        end
      end
    end
    if (_T_60) begin
      if (!(reset)) begin
        if (_T_68) begin
          if (5'h1e == io_write_sel) begin
            register_file_block_30 <= io_write_data;
          end
        end
      end
    end
    if (_T_60) begin
      if (!(reset)) begin
        if (_T_68) begin
          if (5'h1f == io_write_sel) begin
            register_file_block_31 <= io_write_data;
          end
        end
      end
    end
  end
endmodule